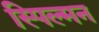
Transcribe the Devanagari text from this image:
स्पिल्मन